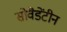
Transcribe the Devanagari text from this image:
सोवैडेंटीन